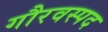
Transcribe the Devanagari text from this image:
गौरवस्पद